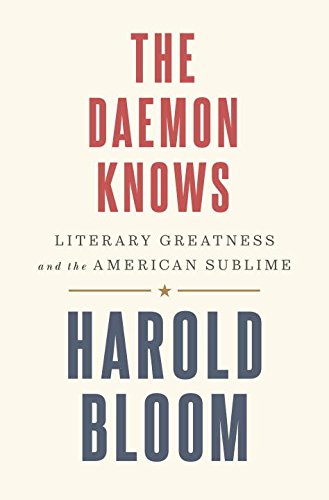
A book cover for The Daemon Knows: Literary Greatness and the American Sublime; Harold Bloom; Literature & Fiction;